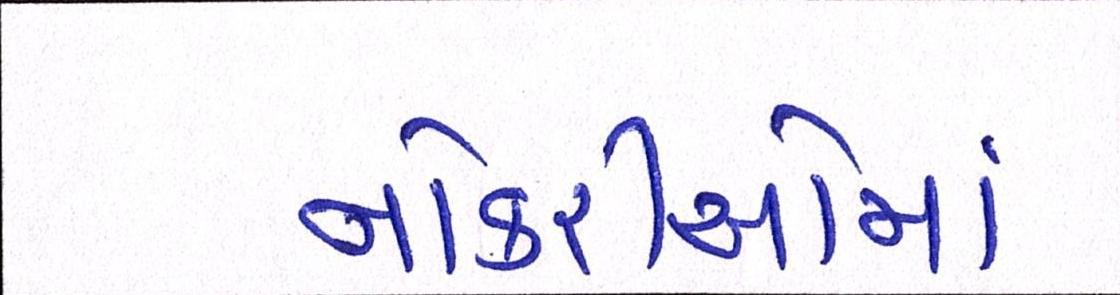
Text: નોકરીઓમાં